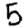
Digit: 5